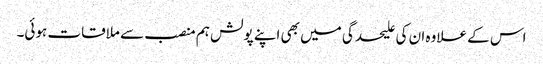
اس کے علاوہ ان کی علیحدگی میں بھی اپنے پولش ہم منصب سے ملاقات ہوئی۔